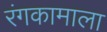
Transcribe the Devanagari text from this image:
रंगकामाला